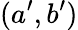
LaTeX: (a^{\prime},b^{\prime})